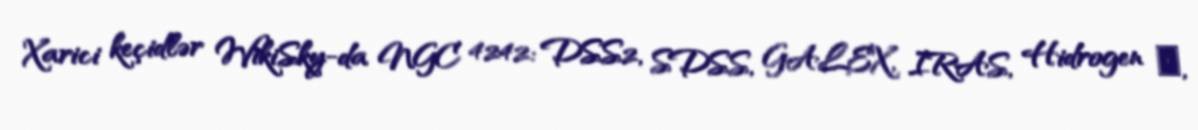
Xarici keçidlər WikiSky-da NGC 4242: DSS2, SDSS, GALEX, IRAS, Hidrogen α,